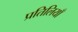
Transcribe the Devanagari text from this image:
प्रतिलियाँ